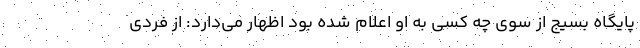
پایگاه بسیج از سوی چه کسی به او اعلام شده بود اظهار می‌دارد: از فردی